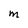
Character: M